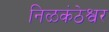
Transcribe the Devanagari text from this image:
निळकंठेश्वर